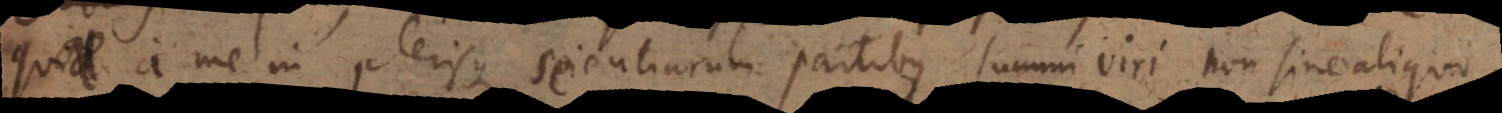
quae a me in plerisque scientiarum partibus summi viri non sine aliquo